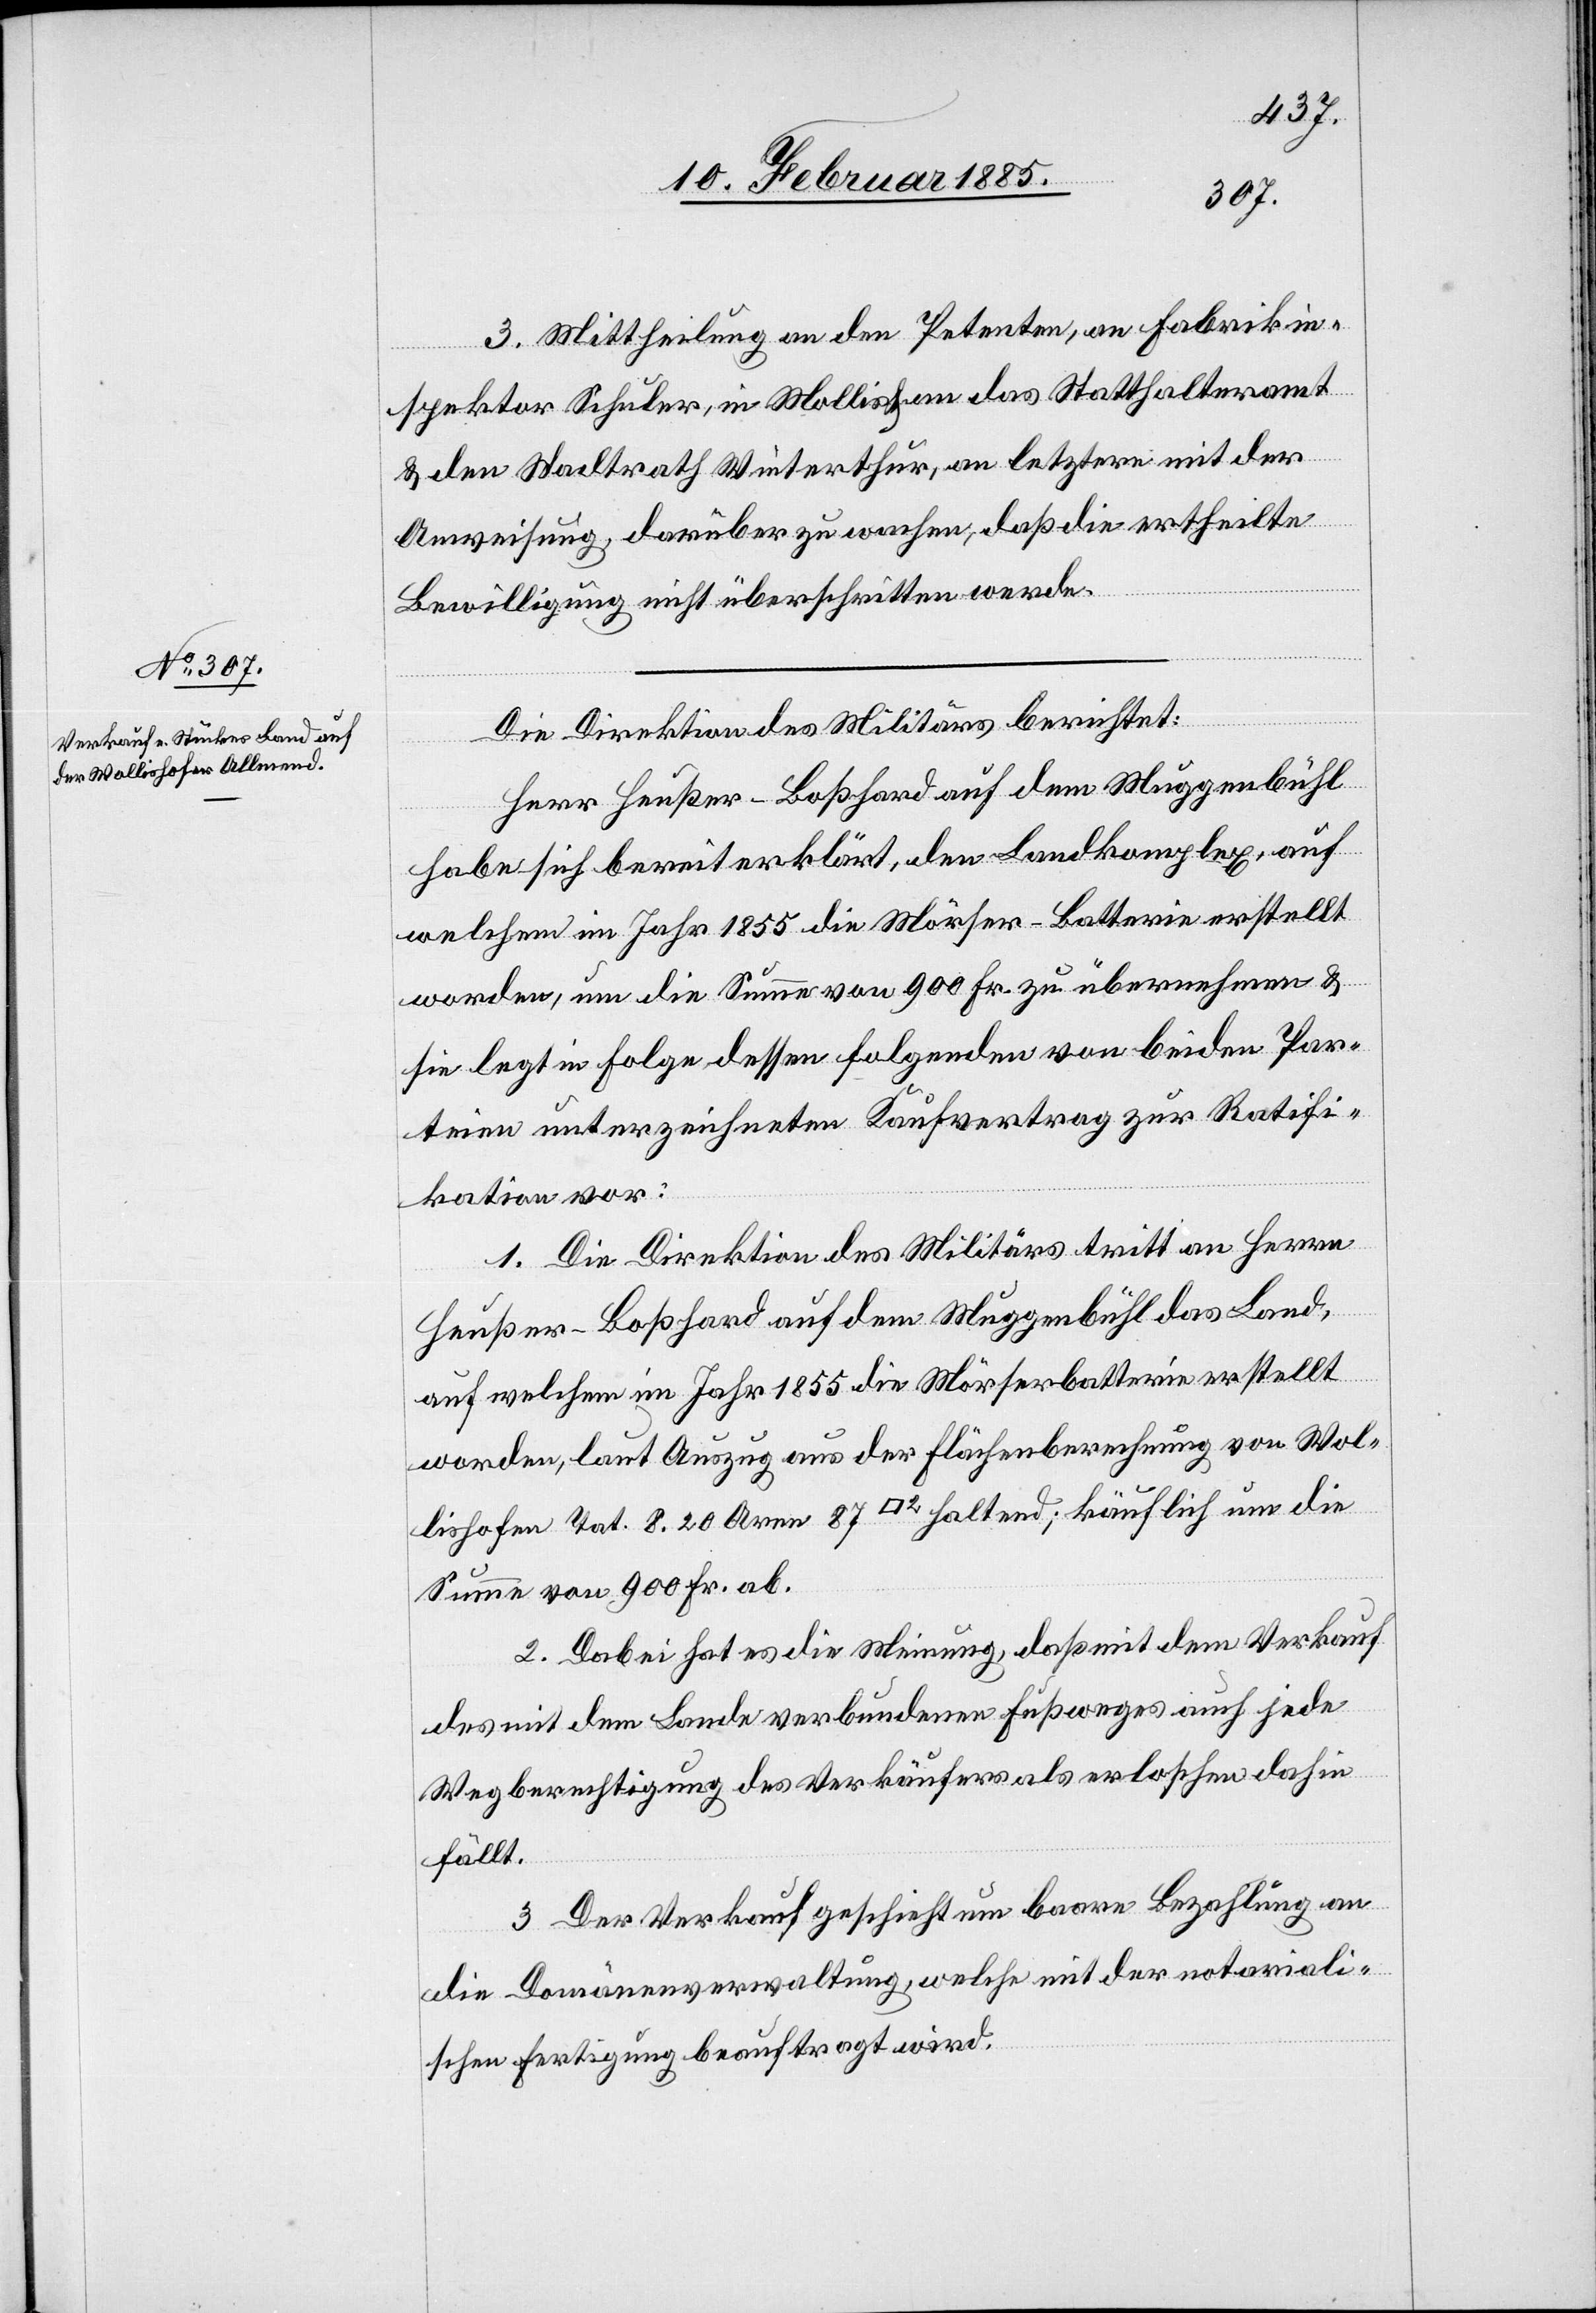
3. Mittheilung an den Petenten, an Fabrikin¬
spektor Schuler, in Mollis & an das Statthalteramt
& den Stadtrath Winterthur, an letztere mit der
Anweisung, darüber zu wachen, daß die ertheilte
Bewilligung nicht überschritten werde.
Die Direktion des Militärs berichtet:
Herr Heußer-Boßhard auf dem Muggenbühl
habe sich bereit erklärt, den Landkomplex, auf
welchem im Jahr 1885 die Mörser-Batterie erstellt
worden, um die Summe von 900 Fr. zu übernehmen &
sie legt in Folge dessen folgenden von beiden Par¬
teien unterzeichneten Kaufvertrag zur Ratifi¬
kation vor:
1. Die Direktion des Militärs tritt an Herrn
Heußer-Boßhard auf dem Muggenbühl das Land,
auf welchem im Jahr 1885 die Mörserbatterie erstellt
worden, laut Auszug aus der Flächenberechnung von Wol¬
lishofen Tat. 8.20 Aren 87 [Quadratfuss] haltend; käuflich um die
Summe von 900 Fr. ab.
2. Dabei hat es die Meinung, daß mit dem Verkauf
des mit dem Lande verbundenen Fußweges auch jede
Wegberechtigung des Verkäufers als erloschen dahin
fällt.
3. Der Verkauf geschieht um baare Bezahlung an
die Domänenverwaltung, welche mit der notariali¬
schen Fertigung beauftragt wird.